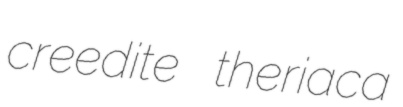
creedite theriaca